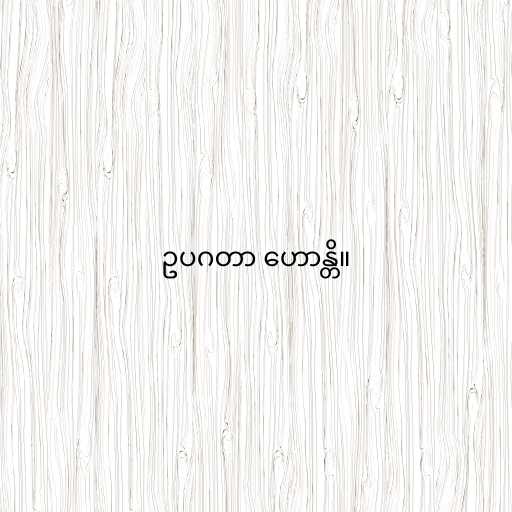
ဥပဂတာ ဟောန္တိ။